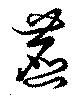
麃